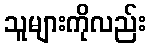
သူများကိုလည်း